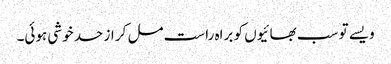
ویسے تو سب بھائیوں کو براہ راست مل کر از حد خوشی ہوئی۔